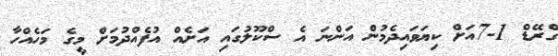
ގްރޭޑް 1-7އަށް ކިޔަވައިދެމުން އަންނަ އެ ސްކޫލުގައި އަށެއް އުފެއްދުމަށް މީގެ މަހެއްހާ